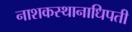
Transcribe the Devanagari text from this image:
नाशकस्थानाधिपती